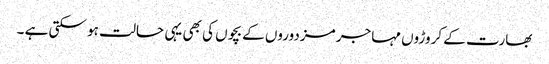
بھارت کے کروڑوں مہاجر مزدوروں کے بچوں کی بھی یہی حالت ہو سکتی ہے ۔